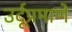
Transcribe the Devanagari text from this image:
उर्दूप्रमाणे